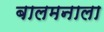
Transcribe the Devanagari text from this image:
बालमनाला